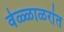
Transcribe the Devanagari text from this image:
वेळ्ळाळरांत